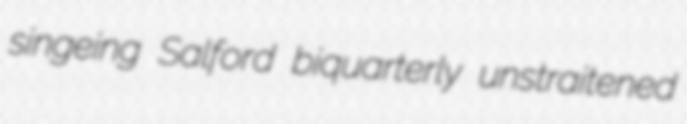
singeing Salford biquarterly unstraitened